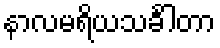
နာလမရိယသင်္ခါတာ